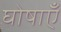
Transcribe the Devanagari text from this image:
घोषाएँ